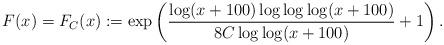
LaTeX: \begin{align*}F(x)=F_C(x):= \exp \left( \frac{\log (x+100) \log \log \log (x+100)}{8C \log \log (x+100)} +1 \right) .\end{align*}